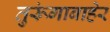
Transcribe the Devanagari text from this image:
तुरूंगाबाहेर